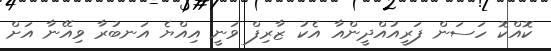
ކޮއްކޮ ހަސަން ފަރީއުއްދީންއާ އެކު ޒާރިފް ވަނީ އިއްޔެ އަނބުރާ ވިއޭނާ އަށް